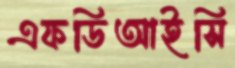
এফডিআইসি